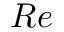
R e